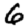
Digit: 6